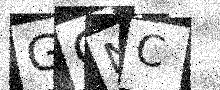
Text: GGNC